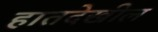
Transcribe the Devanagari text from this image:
हातदेखील